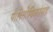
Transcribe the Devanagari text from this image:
पारितोषिकांसह